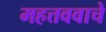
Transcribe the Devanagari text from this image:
महत्तववाचे